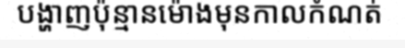
បង្ហាញប៉ុន្មានម៉ោងមុនកាលកំណត់